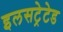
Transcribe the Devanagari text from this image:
इलसट्रेटेड